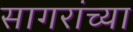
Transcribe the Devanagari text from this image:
सागरांच्या